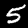
Label: 5